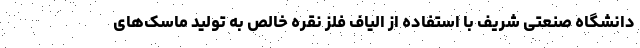
دانشگاه صنعتی شریف با استفاده از الیاف فلز نقره خالص به تولید ماسک‌های